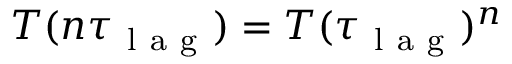
T ( n \tau _ { \mathrm { ~ l ~ a ~ g ~ } } ) = T ( \tau _ { \mathrm { ~ l ~ a ~ g ~ } } ) ^ { n }